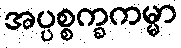
အပ္ပစ္စက္ခကမ္မာ